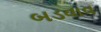
બડવાવ